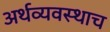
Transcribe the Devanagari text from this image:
अर्थव्यवस्थाच